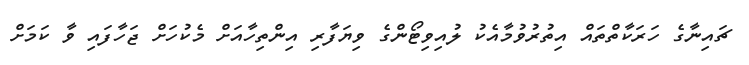
ޗައިނާގެ ހަރަކާތްތައް އިތުރުވުމާއެކު ލުއިވިޓޯންގެ ވިޔަފާރި އިންތިހާއަށް މެކުހަށް ޖަހާފައި ވާ ކަމަށް